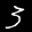
Label: 3